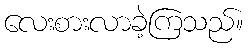
လေးစားလာခဲ့ကြသည်။